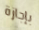
بإجازة